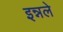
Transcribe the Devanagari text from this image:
इन्नले